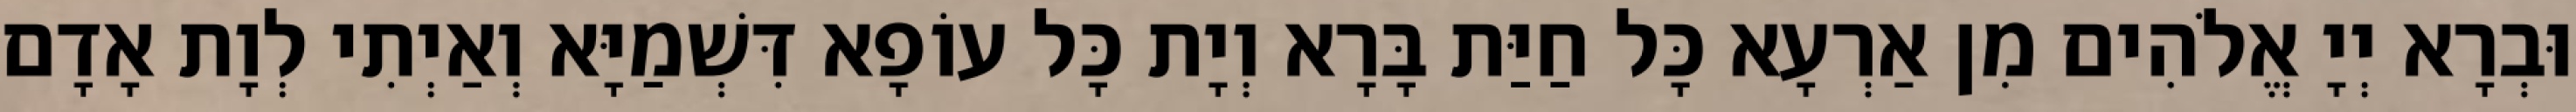
וּבְרָא יְיָ אֱלֹהִים מִן אַרְעָא כָּל חַיַּת בָּרָא וְיָת כָּל עוֹפָא דִּשְׁמַיָּא וְאַיְתִי לְוָת אָדָם